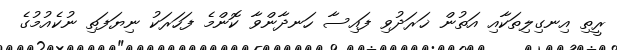
ރީތި އިނގިލިތަކާއި އަތުން ޚަރަދުވި ފައިސާ ހަނދާންވާ ކޮންމެ ފަހަރަކު ނިޔަފަތި ނުކެއުމުގެ